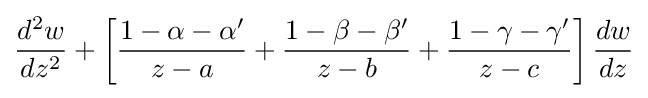
{\frac {d^{2}w}{dz^{2}}}+\left[{\frac {1-\alpha -\alpha '}{z-a}}+{\frac {1-\beta -\beta '}{z-b}}+{\frac {1-\gamma -\gamma '}{z-c}}\right]{\frac {dw}{dz}}